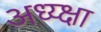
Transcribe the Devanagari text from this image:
अध्य्क्षा